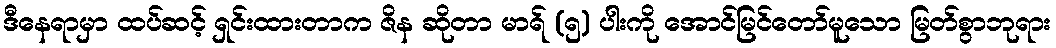
ဒီနေရာမှာ ထပ်ဆင့် ရှင်းထားတာက ဇိန ဆိုတာ မာရ် (၅) ပါးကို အောင်မြင်တော်မူသော မြတ်စွာဘုရား